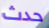
حدث